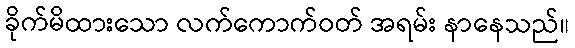
ခိုက်မိထားသော လက်ကောက်ဝတ် အရမ်း နာနေသည်။